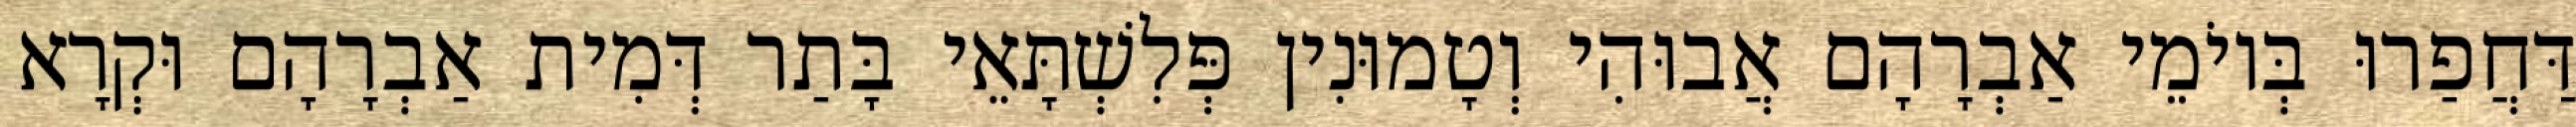
דַּחֲפַרוּ בְּיוֹמֵי אַבְרָהָם אֲבוּהִי וְטָמוּנִין פְּלִשְׁתָּאֵי בָּתַר דְּמִית אַבְרָהָם וּקְרָא